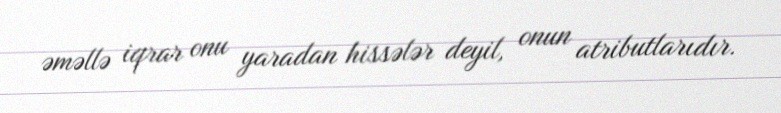
əməllə iqrar onu yaradan hissələr deyil, onun atributlarıdır.